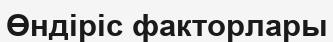
Өндіріс факторлары